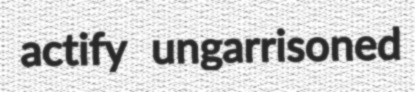
actify ungarrisoned